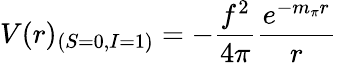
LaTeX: V(r)_{(S=0,I=1)}=-\frac{f^{2}}{4\pi}\frac{e^{-m_{\pi}r}}{r}